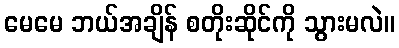
မေမေ ဘယ်အချိန် စတိုးဆိုင်ကို သွားမလဲ။